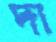
দা